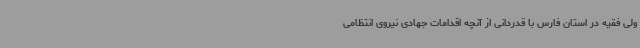
ولی فقیه در استان فارس با قدردانی از آنچه اقدامات جهادی نیروی انتظامی